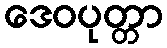
ဒေဝပုတ္တာ